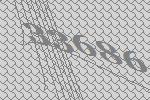
33686